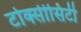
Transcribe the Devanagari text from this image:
टोक्सीसिटी